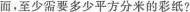
面，至少需要多少平方分米的彩纸?